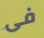
فى